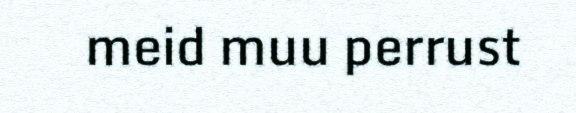
meid muu perrust